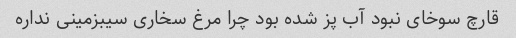
قارچ سوخای نبود آب پز شده بود چرا مرغ سخاری سیبزمینی نداره